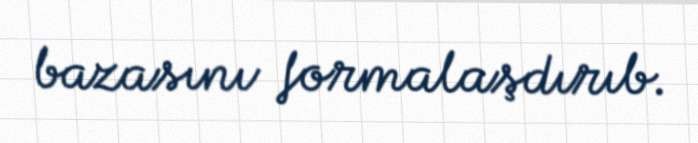
bazasını formalaşdırıb.